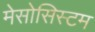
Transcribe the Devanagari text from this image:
मेसोसिस्टम